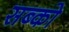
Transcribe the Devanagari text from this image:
सब्को